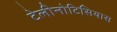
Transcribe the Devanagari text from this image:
टेलीनोटिसियास